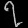
Digit: ၇